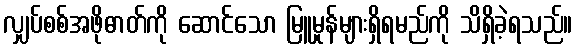
လျှပ်စစ်အဖိုဓာတ်ကို ဆောင်သော မြူမှုန်များရှိရမည်ကို သိရှိခဲ့ရသည်။